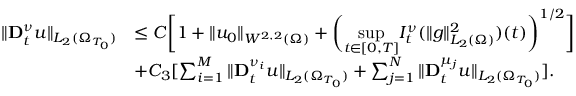
\begin{array} { r l } { \| \mathbf { D } _ { t } ^ { \nu } u \| _ { L _ { 2 } ( \Omega _ { T _ { 0 } } ) } } & { \leq C \bigg [ 1 + \| u _ { 0 } \| _ { W ^ { 2 , 2 } ( \Omega ) } + \bigg ( \underset { t \in [ 0 , T ] } { \operatorname* { s u p } } I _ { t } ^ { \nu } ( \| g \| _ { L _ { 2 } ( \Omega ) } ^ { 2 } ) ( t ) \bigg ) ^ { 1 / 2 } \bigg ] } \\ & { + C _ { 3 } [ \sum _ { i = 1 } ^ { M } \| \mathbf { D } _ { t } ^ { \nu _ { i } } u \| _ { L _ { 2 } ( \Omega _ { T _ { 0 } } ) } + \sum _ { j = 1 } ^ { N } \| \mathbf { D } _ { t } ^ { \mu _ { j } } u \| _ { L _ { 2 } ( \Omega _ { T _ { 0 } } ) } ] . } \end{array}